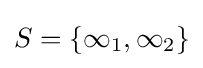
S=\{\infty _{1},\infty _{2}\}